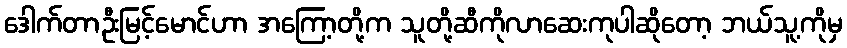
ဒေါက်တာဦးမြင့်မောင်ဟာ အကြော့တို့က သူတို့ဆီကိုလာဆေးကုပါဆိုတော့ ဘယ်သူ့ကိုမှ